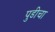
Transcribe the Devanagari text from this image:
पुडीचा